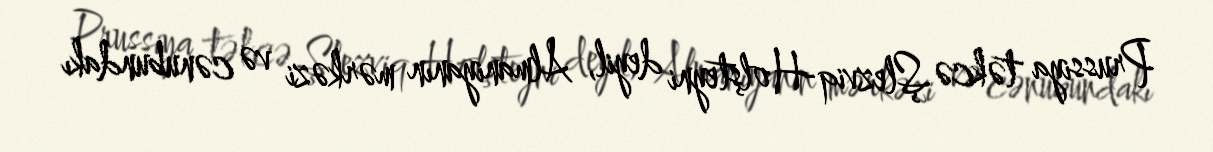
Prussiya təkcə Şlezviq-Holşteyni deyil, Almaniyanın mərkəzi və cənubundakı